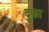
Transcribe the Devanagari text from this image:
दुफा